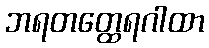
ဘရတတ္ထေရဂါထာ